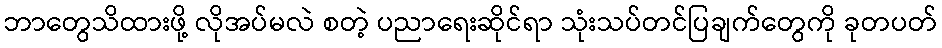
ဘာတွေသိထားဖို့ လိုအပ်မလဲ စတဲ့ ပညာရေးဆိုင်ရာ သုံးသပ်တင်ပြချက်တွေကို ခုတပတ်